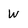
Character: W